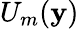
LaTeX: U_{m}(\mathbf{y})